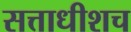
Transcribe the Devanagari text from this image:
सत्ताधीशच